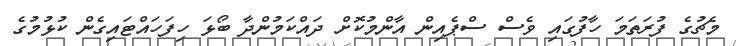
މެޗުގެ ފުރަތަމަ ހާފުގައި ވެސް ސްޕެއިން އާންމުކޮށް ދައްކަމުންދާ ބޯޅަ ހިފަހައްޓައިގެން ކުޅުމުގެ